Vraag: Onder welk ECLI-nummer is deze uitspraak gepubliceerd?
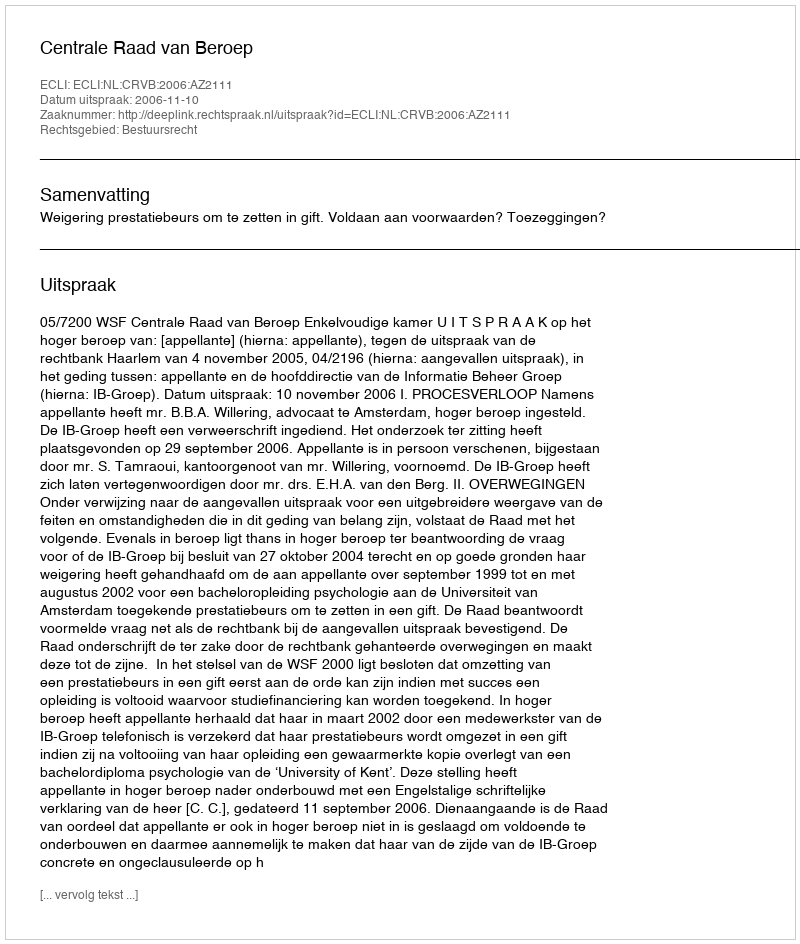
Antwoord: ECLI:NL:CRVB:2006:AZ2111